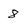
Character: 8